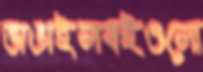
ভাঙাইলবইগুলো